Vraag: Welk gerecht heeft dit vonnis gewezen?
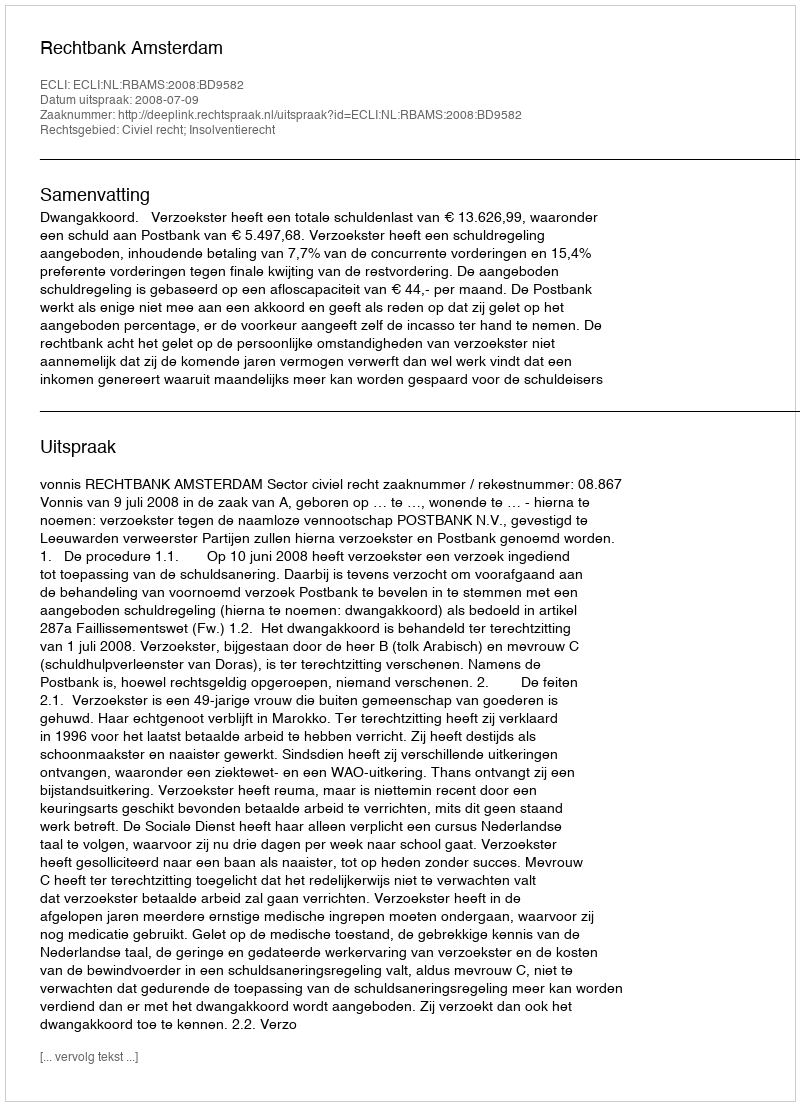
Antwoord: Rechtbank Amsterdam